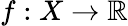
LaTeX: f:X\rightarrow\mathbb{R}